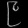
Digit: ၉